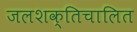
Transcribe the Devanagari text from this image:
जलशक्तिचालित